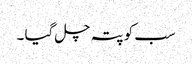
سب کو پتہ چل گیا ۔